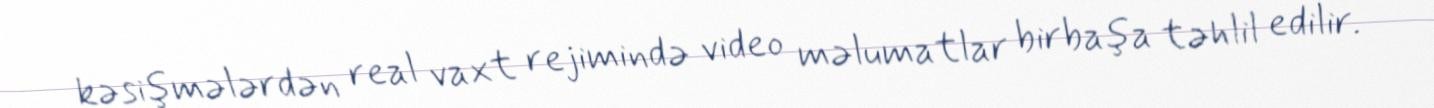
kəsişmələrdən real vaxt rejimində video məlumatlar birbaşa təhlil edilir.